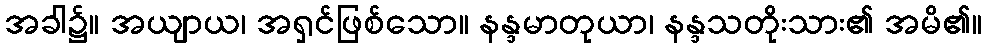
အခါ၌။ အယျာယ၊ အရှင်ဖြစ်သော။ နန္ဒမာတုယာ၊ နန္ဒသတိုးသား၏ အမိ၏။